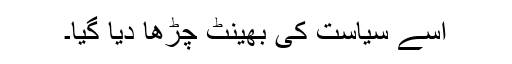
اسے سیاست کی بھینٹ چڑھا دیا گیا۔